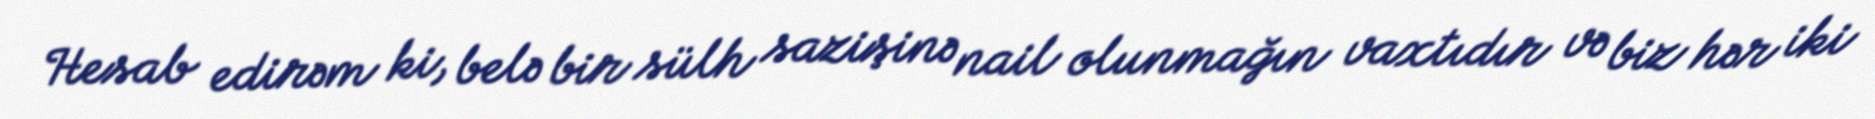
Hesab edirəm ki, belə bir sülh sazişinə nail olunmağın vaxtıdır və biz hər iki